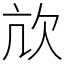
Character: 㰠